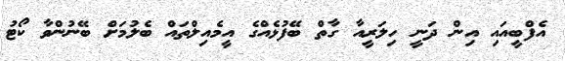
އެފްބީއައި އިން ދަނީ ހިލަރީއާ ގާތް ބޭފުޅެއްގެ އީމެއިލްތައް ބެލުމަށް ބޭނުންވާ ކޯޓު